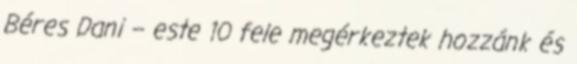
Béres Dani – este 10 fele megérkeztek hozzánk és